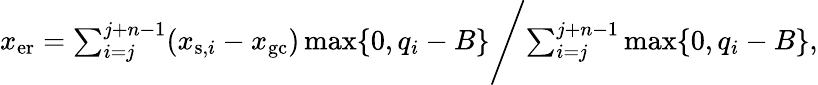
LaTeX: \begin{array}{r}{x_{\mathrm{er}}=\sum_{i=j}^{j+n-1}(x_{\mathrm{s},i}-x_{\mathrm{gc}})\operatorname*{max}\{ 0,q_{i}-B\} \Biggl/\sum_{i=j}^{j+n-1}\operatorname*{max}\{ 0,q_{i}-B\} ,}\end{array}